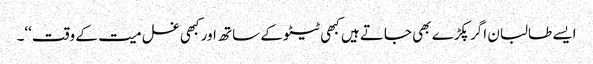
ایسے طالبان اگر پکڑے بھی جاتے ہیں کبھی ٹیٹو کے ساتھ اور کبھی غسل میت کے وقت‘‘۔